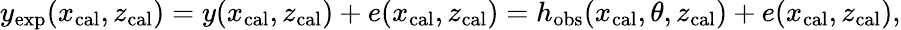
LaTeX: \begin{array}{r}{y_{\mathrm{exp}}(x_{\mathrm{cal}},z_{\mathrm{cal}})=y(x_{\mathrm{cal}},z_{\mathrm{cal}})+e(x_{\mathrm{cal}},z_{\mathrm{cal}})=h_{\mathrm{obs}}(x_{\mathrm{cal}},\theta,z_{\mathrm{cal}})+e(x_{\mathrm{cal}},z_{\mathrm{cal}}),}\end{array}